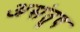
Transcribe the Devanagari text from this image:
असंतुष